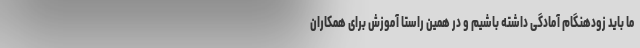
ما باید زودهنگام آمادگی داشته باشیم و در همین راستا آموزش برای همکاران